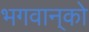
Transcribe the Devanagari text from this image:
भगवान्‌को